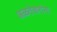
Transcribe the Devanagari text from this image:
अळतेकरांना